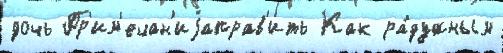
дочь Пр'им'ечан'иjаправ'ить Как ра́дужным